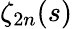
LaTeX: \zeta_{2n}(s)